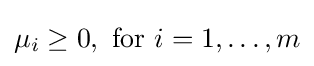
\mu _{i}\geq 0,{\text{ for }}i=1,\ldots ,m